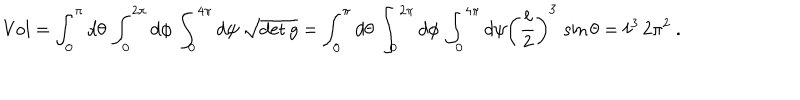
LaTeX: \mathrm { V o l } = \int _ { 0 } ^ { \pi } d \theta \, \int _ { 0 } ^ { 2 \pi } d \phi \, \int _ { 0 } ^ { 4 \pi } d \psi \, \sqrt { \det g } = \int _ { 0 } ^ { \pi } d \theta \, \int _ { 0 } ^ { 2 \pi } d \phi \, \int _ { 0 } ^ { 4 \pi } d \psi \left( { \frac { \ell } { 2 } } \right) ^ { 3 } \, \sin \theta = \ell ^ { 3 } \, 2 \pi ^ { 2 } \ .